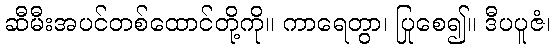
ဆီမီးအပင်တစ်ထောင်တို့ကို။ ကာရေတွာ၊ ပြုစေ၍။ ဒီပပူဇံ၊